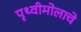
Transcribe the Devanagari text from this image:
पृथ्वीमोलाचे